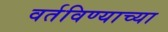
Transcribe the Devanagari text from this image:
वर्तविण्याच्या